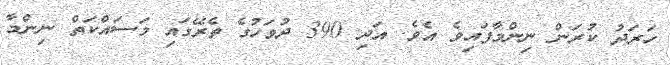
ހަރަދު ކުރަން ނިންމާފައިވެ އެވެ. އަދި 390 ދުވަހުގެ ތެރޭގައި މަސައްކަތް ނިންމާ